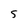
Character: 5